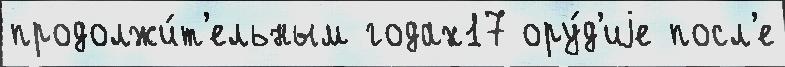
продолжи́т'ельным годах17 ору́д'иjе посл'е